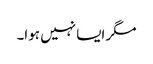
مگر ایسا نہیں ہوا۔